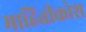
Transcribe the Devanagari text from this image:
माहितीकोश